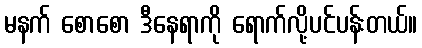
မနက် စောစော ဒီနေရာကို ရောက်လို့ပင်ပန်းတယ်။